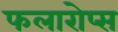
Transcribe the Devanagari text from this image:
फलारोप्स